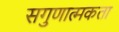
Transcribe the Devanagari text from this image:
सगुणात्मकता